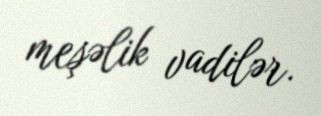
meşəlik vadilər.